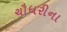
ચૌધરીના